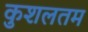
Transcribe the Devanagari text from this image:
कुशलतम